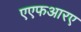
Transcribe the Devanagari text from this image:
एएफआरए